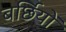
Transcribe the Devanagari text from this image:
बर्छियों